Civil Veterinary Dept. Bombay admin report 1900-1906 - 1900-1906
Year: 1900
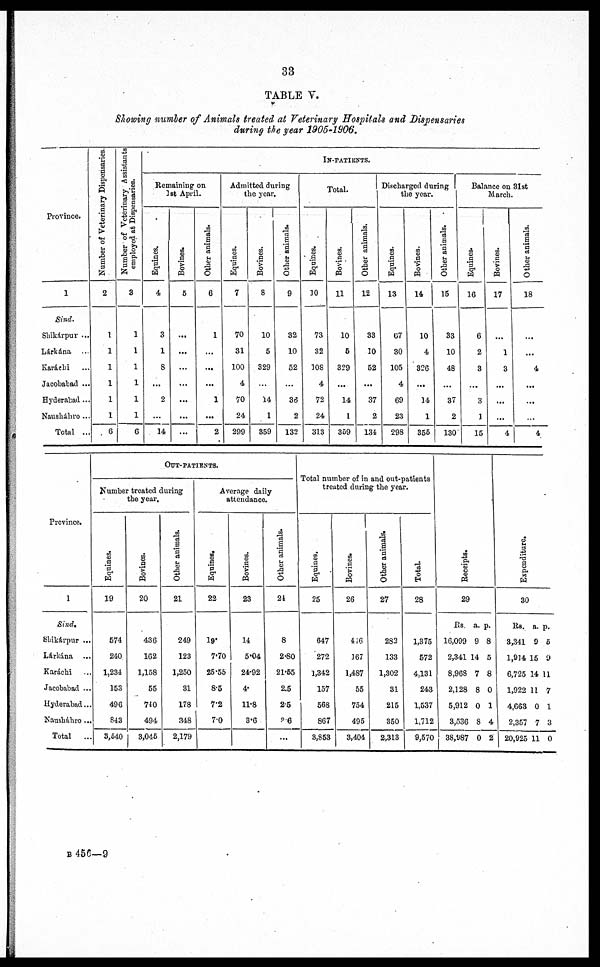
33
TABLE V.
Showing number of Animals treated at Veterinary Hospitals and Dispensaries
during the year 1905-1906.
Province.
1
Sind.
Shikárpur ...
Lárkána ...
Karáchi ...
Jacobabad ...
Hyderabad
Nausháhro ...
Total ...
Number of Veterinary Dispensaries.
2
1
1
1
1
1
1
6
Number of Veterinary Assistants
employed at Dispensaries.
3
1
1
1
1
1
1
6
IN-PATIENTS.
Remaining on
1st April.
Equines.
4
3
1
8
...
2
...
14
Bovines.
5
...
...
...
...
...
...
...
Other animals.
6
1
...
...
...
1
...
2
Admitted during
the year.
Equines.
7
70
31
100
4
70
24
299
Bovines.
8
10
5
329
14
1
359
Other animals.
9
32
10
52
...
36
2
132
Total.
Equines.
10
73
32
108
4
72
24
313
Bovines.
11
10
5
329
...
14
1
359
Other animals.
12
33
10
52
...
37
2
134
Discharged during
the year.
Equines.
13
67
30
105
4
69
23
298
Bovines.
14
10
4
326
...
14
1
355
Other animals.
15
33
10
48
...
37
2
130
Balance on 31st
March.
Equines.
16
6
2
3
...
3
1
15
Bovines.
17
...
1
3
...
...
...
4
Other animals.
18
...
...
4
...
...
...
4
Province.
1
Sind.
Shikárpur ...
Lárkána ...
Karachi ...
Jacobabad ...
Hyderabad...
Nausháhro ...
Total
..
OUT-PATIENTS.
Number treated during
the year.
Equines.
19
574
240
1,234
153
496
843
3,640
Bovines.
20
436
162
1,158
55
740
494
3,045
Other animals.
21
249
123
1,250
31
178
348
2,179
Average daily
attendence.
Equines.
22
19
7.70
25.55
8.5
7.2
7.0
Bovines.
23
14
5.04
24.92
4.
11.8
3.6
Other animals.
24
8
2.80
21.55
2.5
2.5
?6
...
Total number of in and out-patients
treated during the year.
Equines,
25
647
272
1,342
157
568
867
3,853
Bovines.
26
446
167
1,487
55
754
495
3,404
Other animals.
27
282
133
1,302
31
215
350
2,313
Total.
28
1,375
572
4,131
243
1,537
1,712
9,570
Receipts.
29
Rs. a. p.
16,099 9 8
2,341 14 5
8,968 7 8
2,128 8 0
5,912 0 1
3,536 8 4
38,987 0 2
Expenditure.
30
Rs, a. p.
3,341 9 6
1,914 15 9
6,725 14 11
1,922 11 7
4,663 0 1
2,357 7 3
20,925 11 0
B 456—9